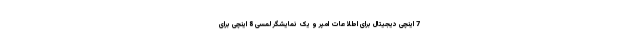
7 اینچی دیجیتال برای اطلاعات امپر و یک نمایشگر لمسی 8 اینچی برای